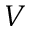
V